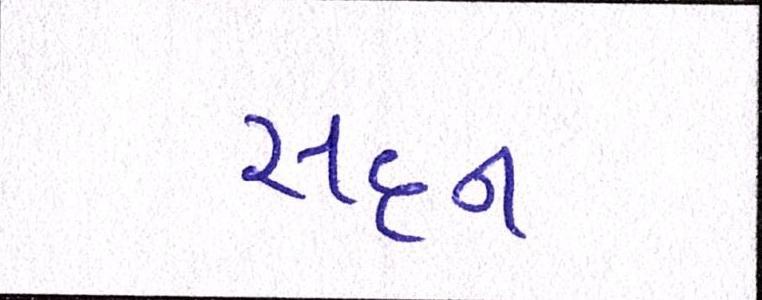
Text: સદન